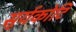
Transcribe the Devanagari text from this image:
सूर्यकोटि